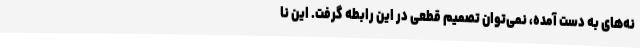
نه‌های به دست آمده، نمی‌توان تصمیم قطعی در این رابطه گرفت. این نا